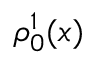
\rho _ { 0 } ^ { 1 } ( x )